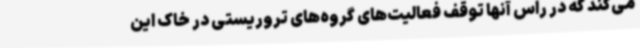
می‌کند که در راس آنها توقف فعالیت‌های گروه‌های تروریستی در خاک این